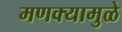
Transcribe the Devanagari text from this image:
मणक्यामुळे